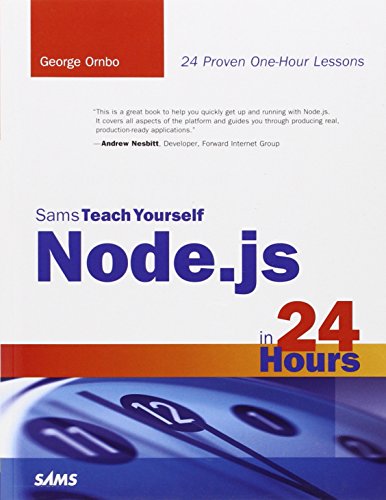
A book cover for Sams Teach Yourself Node.js in 24 Hours; George Ornbo; Business & Money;